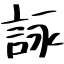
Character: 詠